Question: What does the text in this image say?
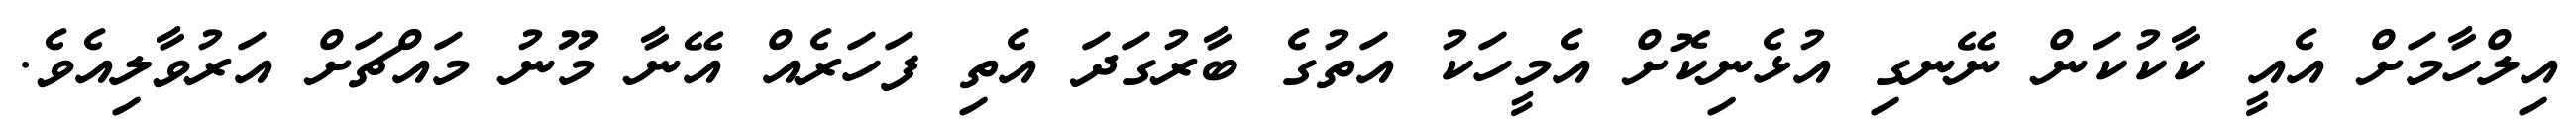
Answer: އިލްހާމަށް އެއީ ކާކުކަން ނޭނގި އުޅެނިކޮށް އެމީހަކު އަތުގެ ބާރުގަދަ އެތި ފަހަރެއް އޭނާ މޫނު މައްޗަށް އަރުވާލިއެވެ.